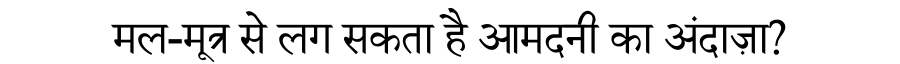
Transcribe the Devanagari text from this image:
मल-मूत्र से लग सकता है आमदनी का अंदाज़ा?